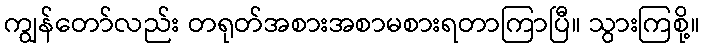
ကျွန်တော်လည်း တရုတ်အစားအစာမစားရတာကြာပြီ။ သွားကြစို့။